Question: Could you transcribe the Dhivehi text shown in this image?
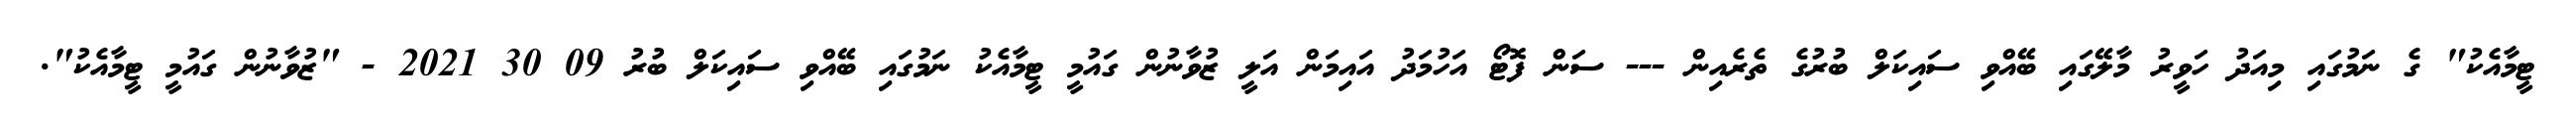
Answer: ޓީމާއެކު" ގެ ނަމުގައި މިއަދު ހަވީރު މާލޭގައި ބޭއްވި ސައިކަލް ބުރުގެ ތެރެއިން --- ސަން ފޮޓޯ އަހުމަދު އައިމަން އަލީ ޒުވާނުން ގައުމީ ޓީމާއެކު ނަމުގައި ބޭއްވި ސައިކަލް ބުރު 09 30 2021 - "ޒުވާނުން ގައުމީ ޓީމާއެކު".